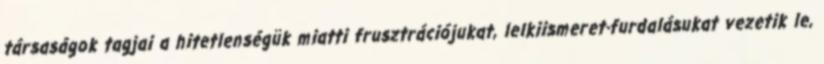
társaságok tagjai a hitetlenségük miatti frusztrációjukat, lelkiismeret-furdalásukat vezetik le,